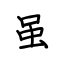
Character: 虽